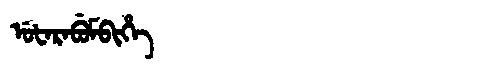
Manchu: ᡠᡶᠠᡵᠠᠪᡠᠮᠪᡳᡥᡝ
Romanization: UFARABUMBIHE